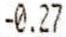
-0.27